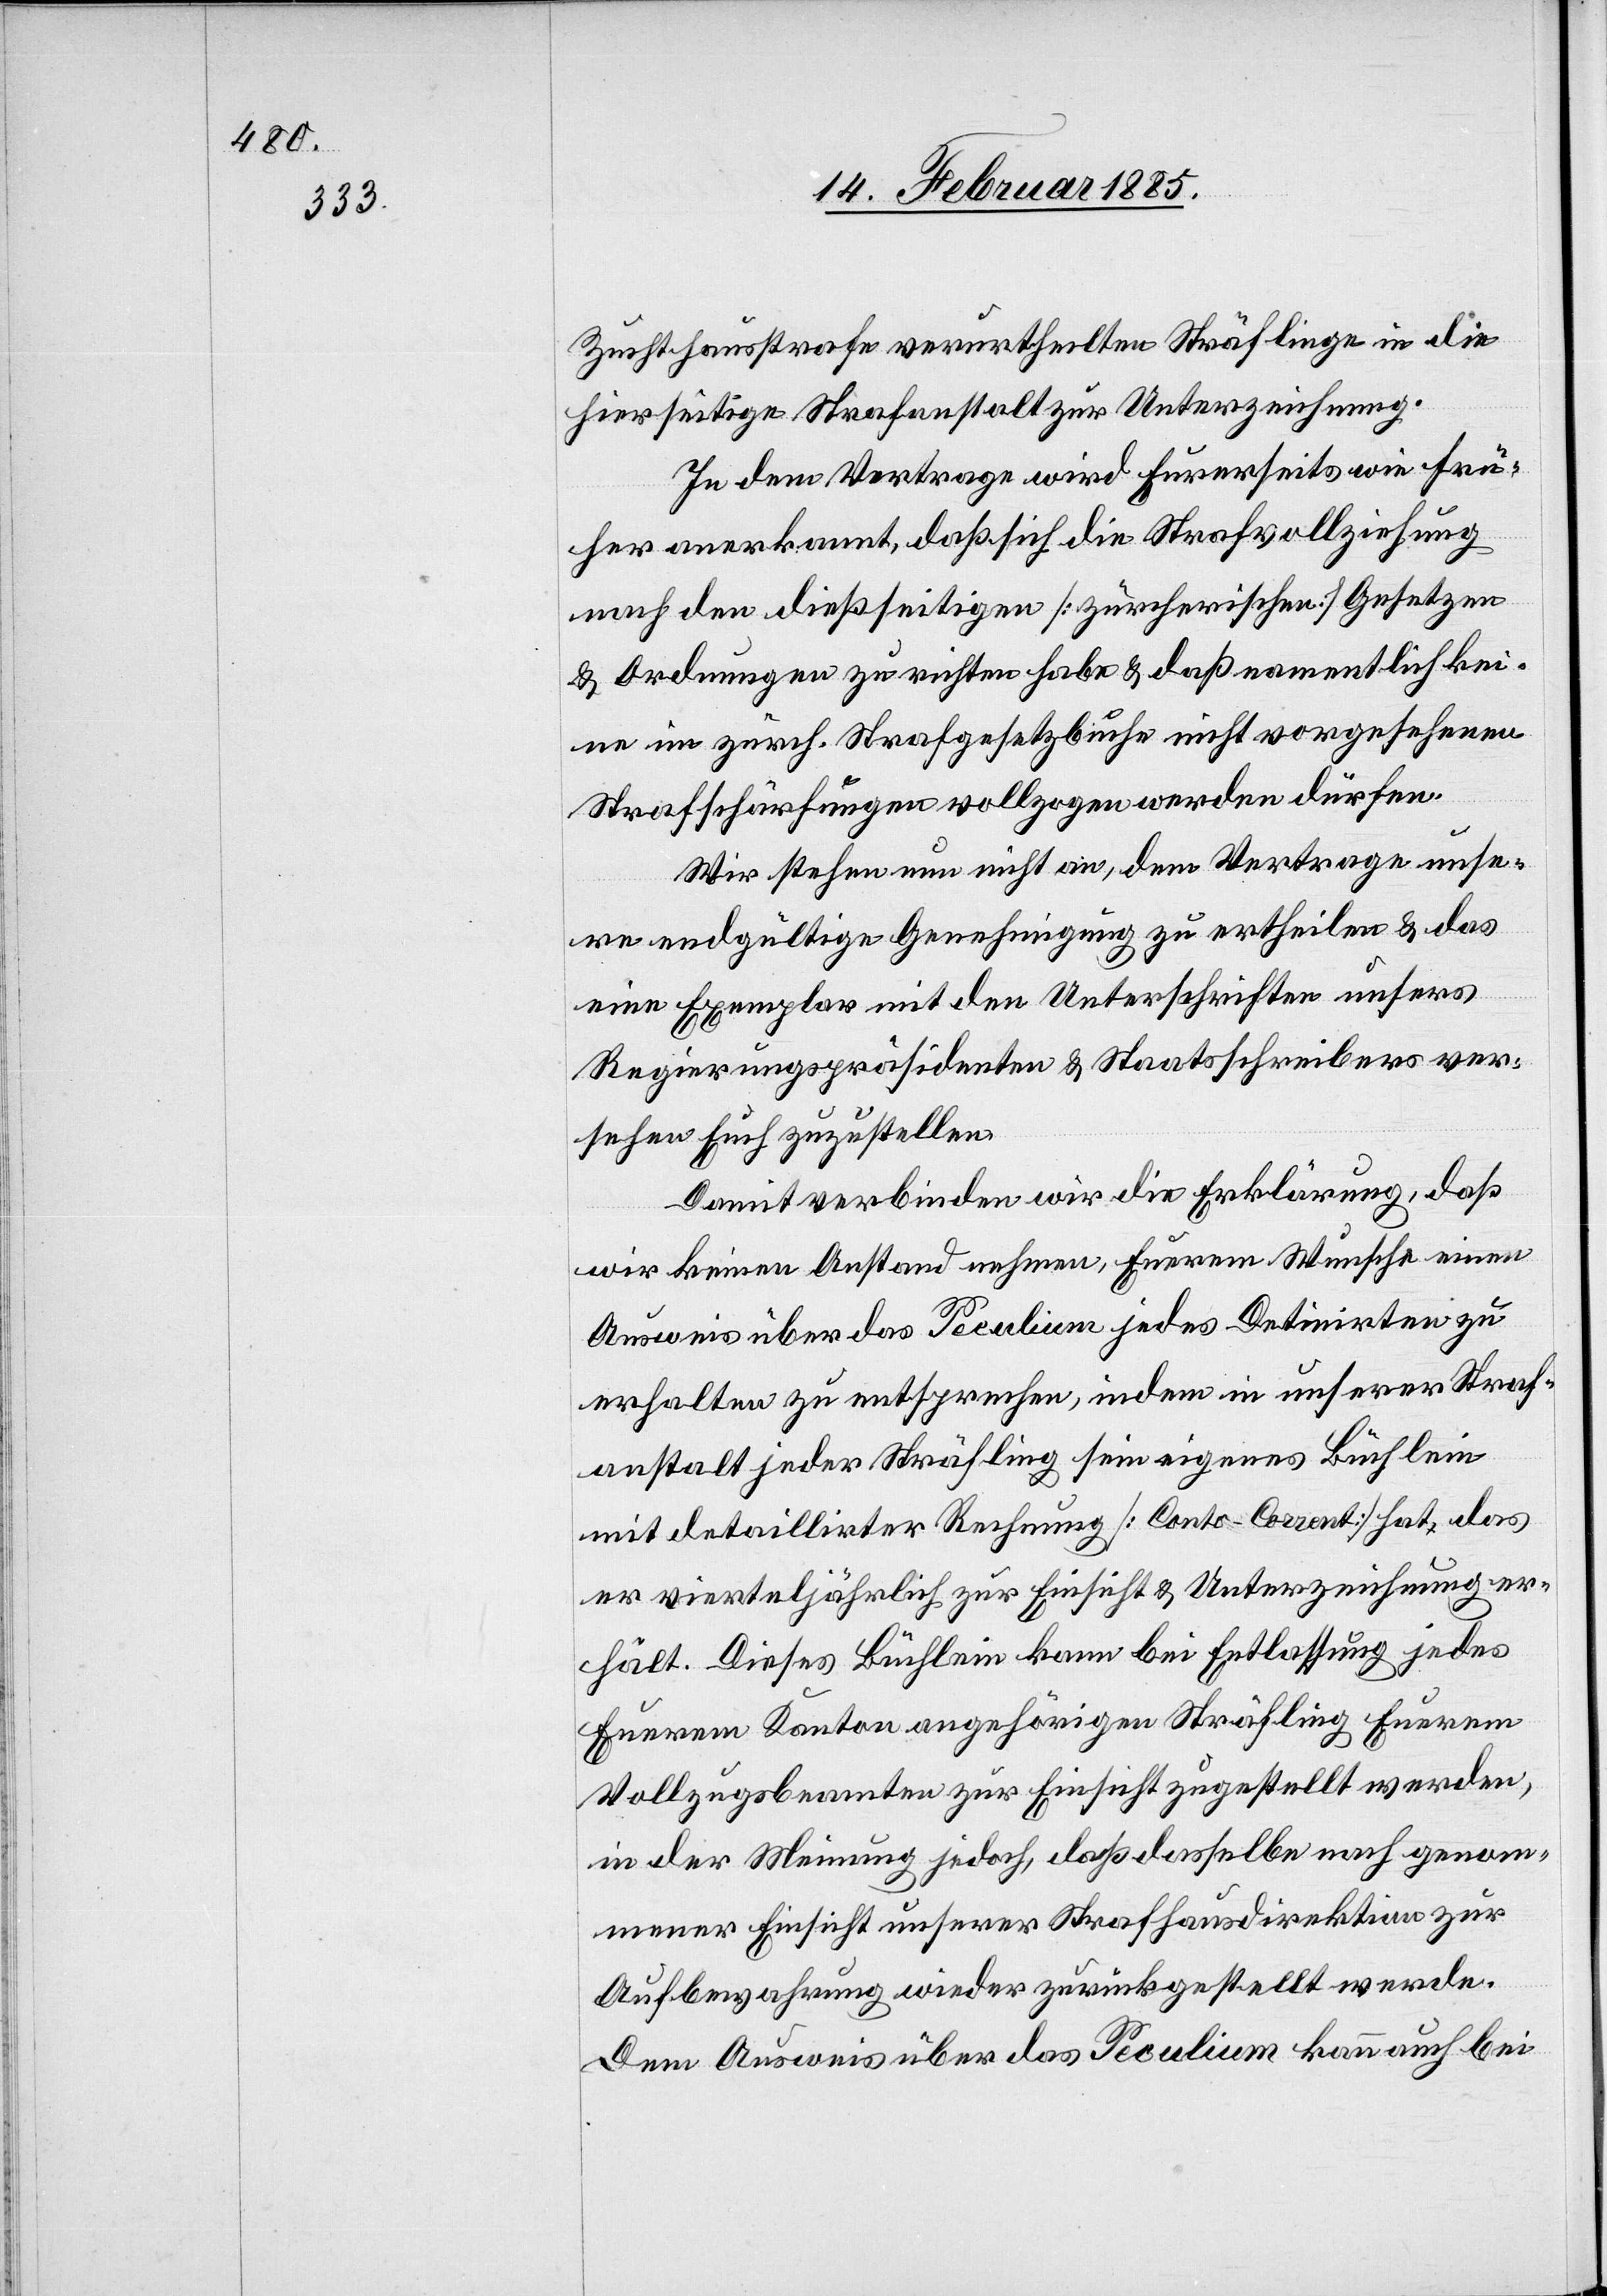
Zuchthausstrafe verurtheilten Sträflingen in die
hierseitige Strafanstalt zur Unterzeichnung.
In dem Vertrage wird Eurerseits wie frü¬
her anerkannt, daß sich die Strafvollziehung
nach den dießseitigen [zürcherischen] Gesetzen
& Ordnungen zu richten habe & daß namentlich kei¬
ne im zürch. Strafgesetzbuche nicht vorgesehenen
Strafschärfungen vollzogen werden dürfen.
Wir stehen nun nicht an, dem Vertrage unse¬
re endgültige Genehmigung zu ertheilen & das
eine Exemplar mit den Unterschriften unsers
Regierungspräsidenten & Staatsschreibers ver¬
sehen Euch zuzustellen.
Damit verbinden wir die Erklärung, daß
wir keinen Anstand nehmen, Euerem Wunsche einen
Ausweis über das Peculium jedes Detinirten zu
erhalten zu entsprechen, indem in unserer Straf¬
anstalt jeder Sträfling sein eigenes Büchlein
mit detaillirter Rechnung [Conto-Corrent] hat, das
er vierteljährlich zur Einsicht & Unterzeichnung er¬
hält. Dieses Büchlein kann bei Entlassung jedes
Euerem Kanton angehörigen Sträfling Euerem
Vollzugsbeamten zur Einsicht zugestellt werden,
in der Meinung jedoch, daß dasselbe nach genom¬
mener Einsicht unserer Strafhausdirektion zur
Aufbewahrung wieder zurückgestellt werde.
Dem Ausweis über das Peculium kann auch bei